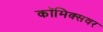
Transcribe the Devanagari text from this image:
कॉमिक्सवर